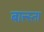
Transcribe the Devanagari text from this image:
बात्त्स्ता